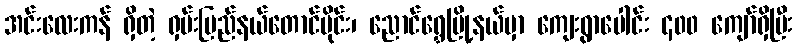
အင်းလေးကန် ရှိတဲ့ ရှမ်းပြည်နယ်တောင်ပိုင်း၊ ညောင်ရွှေမြို့နယ်မှာ ကျေးရွာပေါင်း ၄၀၀ ကျော်ရှိပြီး